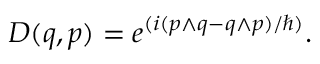
D ( q , p ) = e ^ { ( i ( p \wedge q - q \wedge p ) / \hbar ) } .